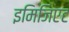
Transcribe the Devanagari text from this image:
इमिजिएट